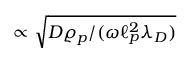
\propto \sqrt { D \varrho _ { p } / ( \omega \ell _ { p } ^ { 2 } \lambda _ { D } ) }